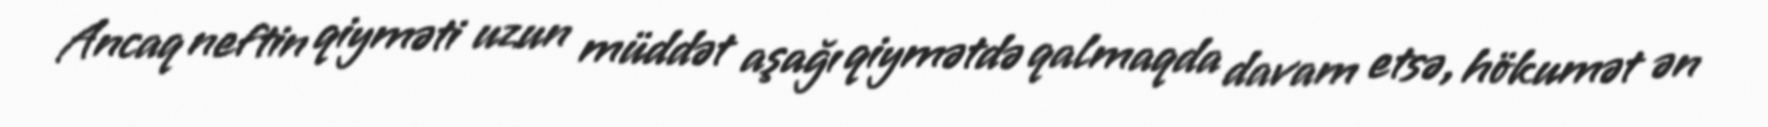
Ancaq neftin qiyməti uzun müddət aşağı qiymətdə qalmaqda davam etsə, hökumət ən